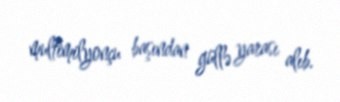
multimilyonçu başından güllə yarası alıb.